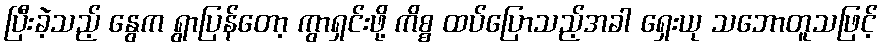
ပြီးခဲ့သည့် နွေက ရွာပြန်တော့ ကွာရှင်းဖို့ ကိစ္စ ထပ်ပြောသည့်အခါ ရှေးယု သဘောတူသဖြင့်